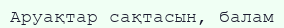
Аруақтар сақтасын, балам